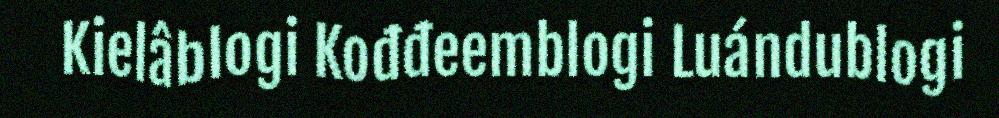
Kielâblogi Kođđeemblogi Luándublogi